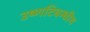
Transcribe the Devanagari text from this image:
उष्णटिबन्धीय